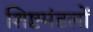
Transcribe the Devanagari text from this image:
शिष्टमंडलों